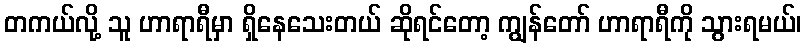
တကယ်လို့ သူ ဟာရာရီမှာ ရှိနေသေးတယ် ဆိုရင်တော့ ကျွန်တော် ဟာရာရီကို သွားရမယ်၊